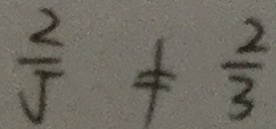
\frac { 2 } { 5 } \neq \frac { 2 } { 3 }